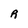
Character: R